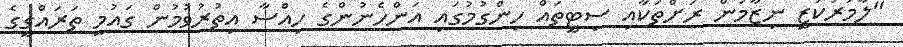
"ލާމަރުކަޒީ ނިޒާމުން ރަށްތަކާއި ސިޓީތައް ހިންގުމުގައި އަންހެނުންގެ ހިއްސާ އިތުރުވުމުން ގައުމީ ތަރައްގީގެ